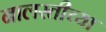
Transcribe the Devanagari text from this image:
नालस्तीच्या